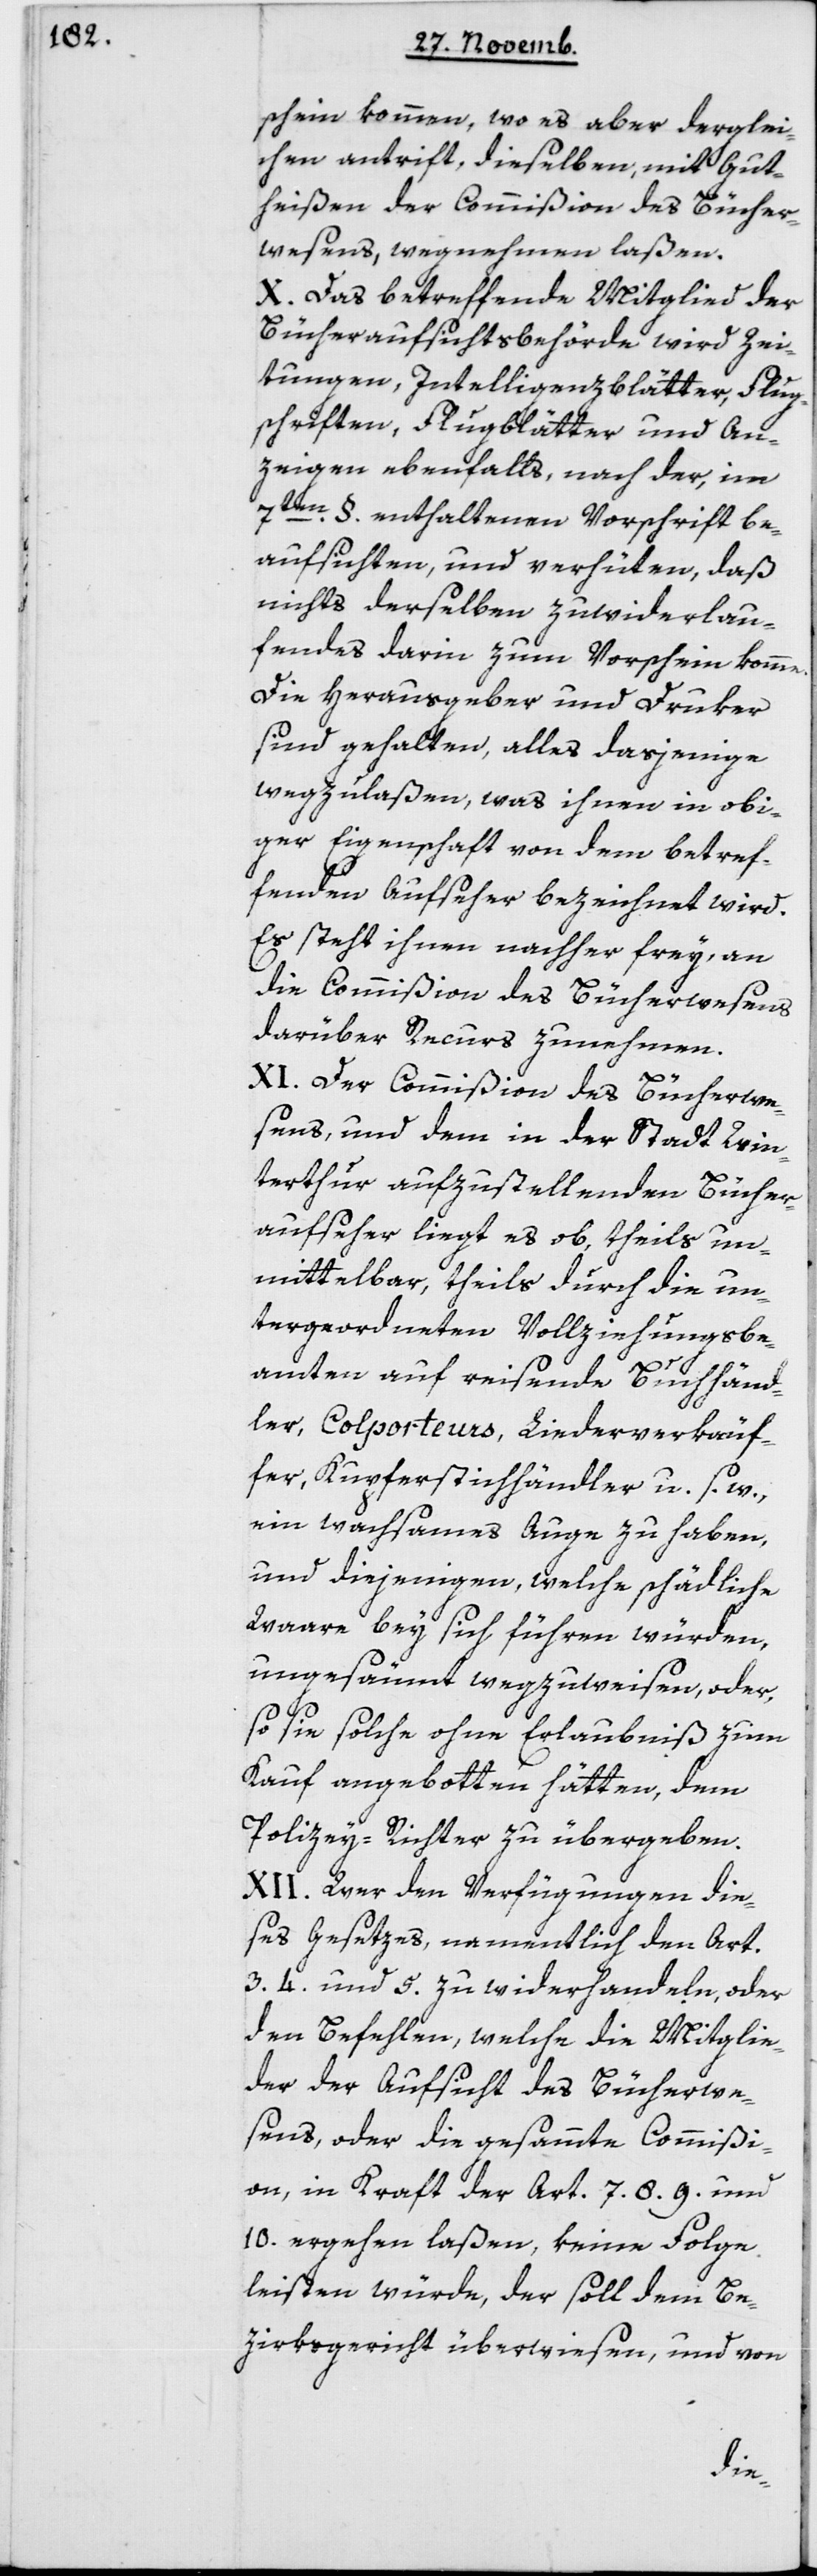
schein kommen, wo es aber derglei¬
chen antrifft, dieselben mit Gut¬
heißen der Commißion des Bücher¬
wesens, wegnehmen laßen.
X. Das betreffende Mitglied der
Bücheraufsichtsbehörde wird Zei¬
tungen, Intelligenzblätter, Flug¬
schriften, Flugblätter und An¬
zeigen ebenfalls nach der, im
7ten § enthaltenen Vorschrift be¬
aufsichten und verhüten, daß
nichts derselben Zuwiderlau¬
fendes darin zum Vorschein komme.
Die Herausgeber und Druker
sind gehalten, alles dasjenige
wegzulaßen, was ihnen in obi¬
ger Eigenschaft von dem betref¬
fenden Aufseher bezeichnet wird.
Es steht ihnen nachher frey, an
die Commißion des Bücherwesens
darüber Recurs zunehmen.
XI. Der Commißion des Bücherwe¬
sens und dem in der Stadt Win¬
terthur aufzustellenden Bücher¬
aufseher liegt es ob, theils un¬
mittelbar, theils durch die un¬
tergeordneten Vollziehungsbe¬
amten auf reisende Buchhänd¬
ler, Colporteurs, Liederverkäuf¬
er, Kupferstichhändler u. s. w.,
ein wachsames Auge zu haben,
und diejenigen, welche schädliche
Waare bey sich führen würden,
ungesäumt wegzuweisen, oder
so sie solche ohne Erlaubnis zum
Kauf angebotten hätten, dem
Polizey-Richter zu übergeben.
XII. Wer den Verfügungen die¬
ses Gesetzes, namentlich den Art.
3, 4 und 5 zu widerhandeln oder
den Befehlen, welche die Mitglie¬
der der Aufsicht des Bücherwe¬
sens, oder die gesamte Commißi¬
on, in Kraft der Art. 7, 8, 9 und
10 ergehen laßen, keine Folge
leisten würde, der soll dem Be¬
zirksgericht überwiesen, und von